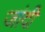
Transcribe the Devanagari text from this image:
जांदी